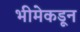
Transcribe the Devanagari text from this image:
भीमेकडून